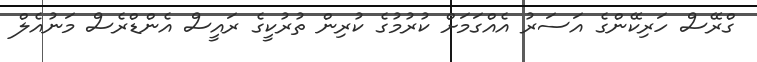
ގްރޭސް ހަރިކޭންގެ އަސަރު އެއްގަމަށް ކުރުމުގެ ކުރިން ތުރުކީގެ ރައީސް އެންޑްރެސް މަނުއެލް